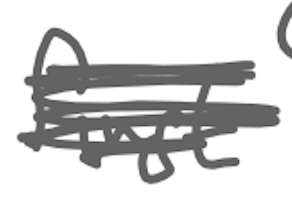
Text: first
Cross-out: scratch
Writing tool: digital_gray